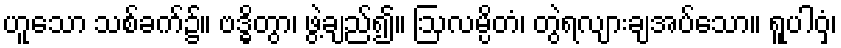
ဟူသော သစ်ခက်၌။ ဗဒ္ဓိတွာ၊ ဖွဲ့ချည်၍။ ဩလမ္ပိတံ၊ တွဲရလျားချအပ်သော။ ရူပါဝှံ၊